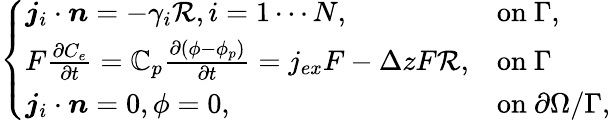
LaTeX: \left\{ \begin{array}{ll}{\boldsymbol{j}_{i}\cdot\boldsymbol{n}=-\gamma_{i}\mathcal{R},i=1\cdots N,}&{\mathrm{on~}\Gamma,}\\ {F\frac{\partial C_{e}}{\partial t}=\mathbb{C}_{p}\frac{\partial(\phi-\phi_{p})}{\partial t}=j_{ex}F-\Delta zF\mathcal{R},}&{\mathrm{on~}\Gamma}\\ {\boldsymbol{j}_{i}\cdot\boldsymbol{n}=0,\phi=0,}&{\mathrm{on~}\partial\Omega/\Gamma,}\end{array}\right.